Annual statistical returns and brief notes on vaccination in Bengal - 1887-1898
Year: 1887
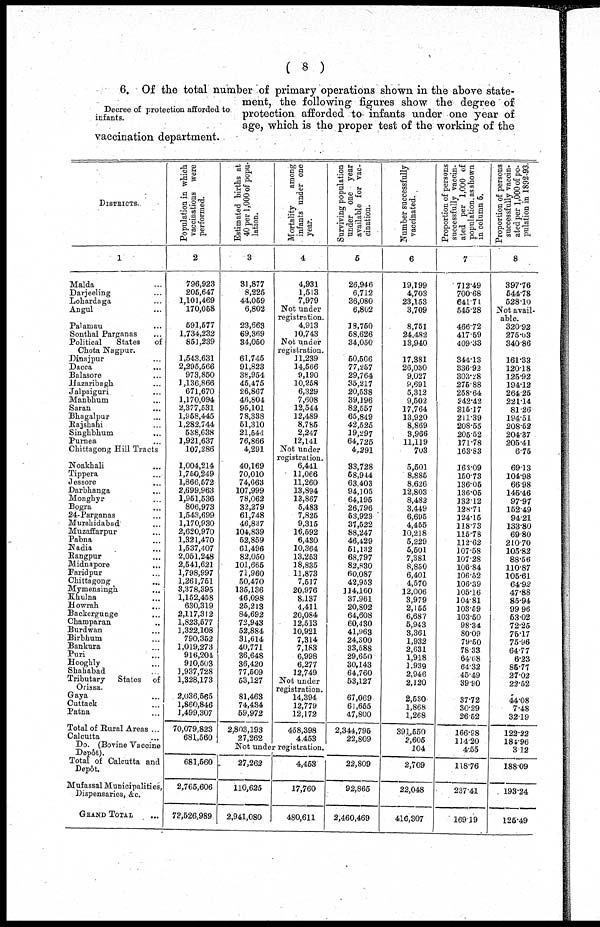
( 8 )
Decree of protection afforded to
infants.
6. Of the total number of primary operations shown in the above state-
ment, the following figures show the degree of
protection afforded to infants under one year of
age, which is the proper test of the working of the
vaccination department.
DISTRICTS.
1
Malda ...
Darjeeling ...
Lohardaga ...
Angul ...
Palamau ...
Sonthal Parganas ...
Political
States
of
Chota Nagpur.
Dinajpur ...
Dacca ...
Balasore ...
Hazaribagh
Jalpaiguri ...
Manbhum ...
Saran ...
Bhagalpur ...
Rajshahi ...
Singhbhum ...
Purnea ...
Chittagong Hill Tracts
Noakhali ...
Tippera ...
Jessore ...
Darbhanga ...
Monghyr ...
Bogra ...
24-Parganas ...
Murahidabad ...
Muzaffarpur ...
Pabna ...
Nadia ...
Rangpur ...
Midnapore ...
Faridpur ...
Chittagong ...
Mymensingh ...
Khulna ...
Howrah
...
Backergunge ...
Champaran ...
Burdwan ...
Birbhum ...
Bankura ...
Puri ...
Hooghly ...
Shahabad
...
Tributary
States
of
Orissa.
Gaya ...
Cuttack ...
Patna ...
Total of Rural Areas ...
Calcutta ...
Do. (Bovine Vaccine
Depôt).
Total of Calcutta and
Depôt.
Mufassal Municipalities
Dispensaries, &c.
GRAND TOTAL ...
Population in which
vaccinations were
performed.
2
796,923
205,647
1,101,469
170,058
591,577
1,734,232
851,239
1,543,631
2,295,566
973,850
1,136,866
671,670
1,170,094
2,377,531
1,958,445
1,282,744
538,638
1,921,637
107,286
1,004,214
1,750,249
1,866,572
2,699,963
1,951,536
806,973
1,543,699
1,170,930
2,620,970
1,321,470
1,537,407
2,051,248
2,541,621
1,798,997
1,261,751
3,378,395
1,152,458
630,319
2,117,312
1,823,577
3,322,108
790,352
1,019,273
916,204
910,503
1,937,728
1,328,173
2,036,565
1,860,846
1,499,307
70,079,823
681,560
Estimated births at
40 per 1,000 of popu-
lation.
3
31,877
8,225
44,059
6,802
23,663
69,369
34,050
61,745
91,823
38,954
45,475
26,867
46,804
95,101
78,338
51,310
21,544
76,866
4,291
40,169
70,010
74,663
107,999
78,062
32,279
61,748
46,837
104,839
52,859
61,496
82,050
101,665
71,960
50,470
135,136
46,098
25,213
84,692
72,943
52,884
31,614
40,771
36,648
36,420
77,509
53,127
81,463
74,434
59,972
2,803,193
27,262
Mortality
among
infants under one
year.
4
4,931
1,513
7,979
Not under
registration.
4,913
10,743
Not under
registration.
11,239
14,566
9,190
10,258
6,329
7,608
12,544
12,489
8,785
2,247
12,141
Not under
registration.
6,441
11,066
11,260
13,894
13,867
5,483
7,825
9,315
16,592
6,430
10,364
13,253
18,835
11,873
7,517
20,976
8,137
4,411
20,084
12,513
10,921
7,314
7,183
6,998
6,277
12,749
Not under
registration.
14,394
12,779
12,172
458,398
4,453
Surviving population
under one year
available for vac-
cination.
5
26,946
6,712
36,080
6,802
18,750
58,626
34,050
50,506
77,257
29,764
35,217
20,538
39,196
82,557
65,849
42,525
39,297
64,725
4,291
33,728
58,944
63,403
94,105
64,195
26,796
53,923
37,522
88,247
46,429
51,182
68,797
82,830
60,087
42,953
114,160
37,961
20,802
64,608
60,430
41,963
24,300
33,588
29,650
30,143
64,760
53,127
67,069
61,655
47,800
2,344,795
22,809
Not under registration.
681,560
2,765,606
73,526,989
27,262
110,625
2,941,080
4,453
17,760
480,611
22,809
92,865
2,460,469
Number successfully
vaccinated.
6
19,199
4,703
23,153
3,709
8,751
24,482
13,940
17,381
26,030
9,027
9,691
5,312
9,502
17,764
13,920
8,869
3,966
11,119
703
5,501
8,885
8,626
12,803
8,482
3,449
6,695
4,455
10,218
5,229
5,501
7,381
8,850
6,401
4,570
12,006
3,979
2,155
6,687
5,943
3,361
1,932
2,631
1,918
1,939
2,946
2,120
2,530
1,868
1,268
391,550
2,605
104
2,709
22,048
416,307
Proportion of persons
successfully vaccin-
ated per 1,000 of
population, as shown
in column 5.
7
712.49
700.68
641.71
545.28
466.72
417.59
409.33
344.13
336.92
303.28
275.88
258.64
242.42
215.17
211.39
208.55
205.52
171.78
163.83
363.09
160.73
136.05
136.05
332.12
128.71
324.15
118.73
115.78
112.62
107.58
107.28
106.84
106.52
106.39
105.16
104.81
103.59
103.50
98.34
80.09
79.50
78.33
64.68
64.32
45.49
39.90
37.72
30.29
26.62
166.98
114.20
4.55
118.76
237.41
169.19
Proportion of persons
successfully vaccin-
ated per 1,000 of po-
pulation in 1892-93.
8
397.76
544.78
528.10
Not avail-
able.
320.92
275.03
340.86
161.33
120.18
125.92
194.12
264.25
221.14
81.26
194.51
208.52
204.37
205.41
6.75
69.13
104.98
66.98
145.46
97.97
152.49
94.21
133.80
69.80
210.70
105.82
88.56
110.87
105.61
64.92
47.88
85.94
99.96
53.02
72.25
75.17
75.96
64.77
6.23
85.77
27.02
22.52
44.08
7.48
32.19
122.22
181.96
3.12
188.09
193.24
125.49